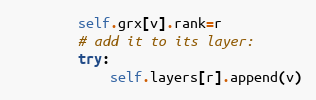
Language: Python
        self.grx[v].rank=r
        # add it to its layer:
        try:
            self.layers[r].append(v)